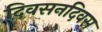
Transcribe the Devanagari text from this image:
दिवसनदिवस